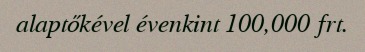
alaptőkével évenkint 100,000 frt.